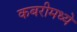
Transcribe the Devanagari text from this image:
कबरीमध्ये